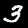
Label: 3